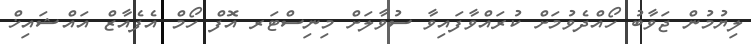
ލިޔުމުން ޖަވާބު ހޯއްދެވުމަށް ކުރައްވާފައިވާ ސުވާލަށް މިނިސްޓަރ އޮފް ހޯމް އެފެއާޒް އައްޝައިޚް